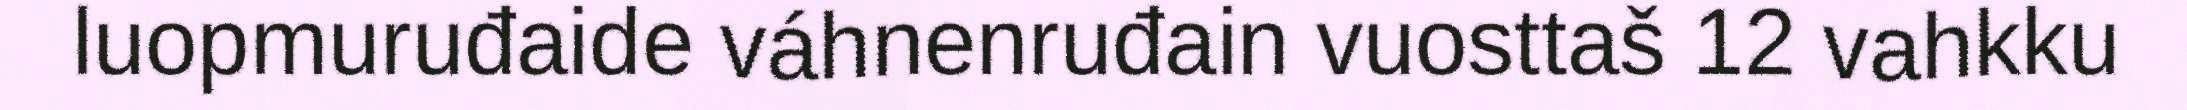
luopmuruđaide váhnenruđain vuosttaš 12 vahkku